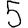
Digit: 5